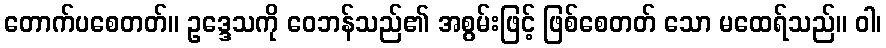
တောက်ပစေတတ်။ ဥဒ္ဒေသကို ဝေဘန်သည်၏ အစွမ်းဖြင့် ဖြစ်စေတတ် သော မထေရ်သည်။ ဝါ၊